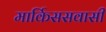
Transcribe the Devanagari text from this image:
मार्किससवासी